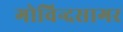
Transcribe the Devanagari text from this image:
गोविन्दसागर